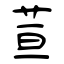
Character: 荁